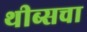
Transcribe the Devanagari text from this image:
थीब्सचा